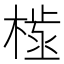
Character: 𣗫